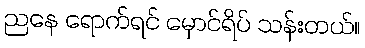
ညနေ ရောက်ရင် မှောင်ရိပ် သန်းတယ်။